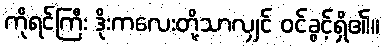
ကိုရင်ကြီး ဒိုးကလေးတို့သာလျှင် ဝင်ခွင့်ရှိ၏။